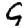
Digit: 9